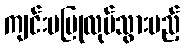
ကျင်းပပြုလုပ်သွားမည့်